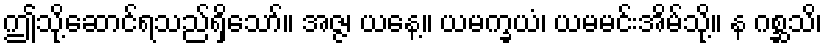
ဤသို့ဆောင်ရသည်ရှိသော်။ အဇ္ဇ၊ ယနေ့။ ယမက္ခယံ၊ ယမမင်းအိမ်သို့။ န ဂစ္ဆသိ၊